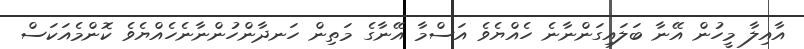
އާއިލާ މީހުން އޭނާ ބަލައިގަންނާނެ ހެއްޔެވެ އަސްމާ އޭނާގެ މަތިން ހަނދާންހުންނާނެހެއްޔެވެ ކޮންމެއަކަސް